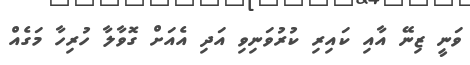
ވަނީ ޒިނޭ އާއި ކައިރި ކުރުވަނިވި އަދި އެއަށް ގޮވާލާ ހުރިހާ މަގެއް